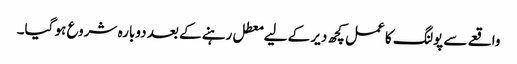
واقعے سے پولنگ کا عمل کچھ دیر کے لیے معطل رہنے کے بعد دوبارہ شروع ہو گیا۔